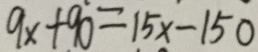
9 x + 9 0 = 1 5 x - 1 5 0